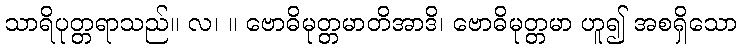
သာရိပုတ္တရာသည်။ လ၊ ။ ဗောဓိမုတ္တမာတိအာဒိ၊ ဗောဓိမုတ္တမာ ဟူ၍ အစရှိသော